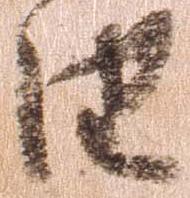
由